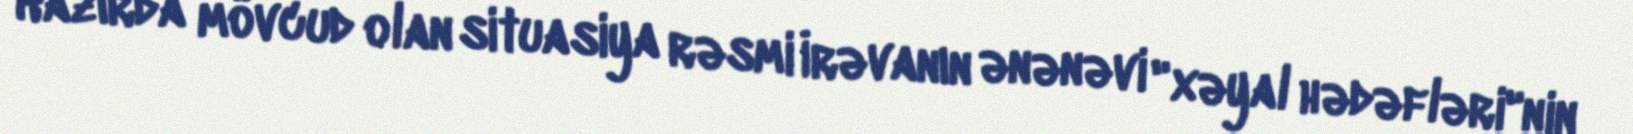
Hazırda mövcud olan situasiya rəsmi İrəvanın ənənəvi "xəyal hədəfləri"nin